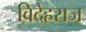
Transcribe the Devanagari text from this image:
विदेहराज